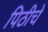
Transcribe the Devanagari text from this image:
पिठीचे